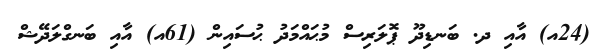
(24އ) އާއި ދ. ބަނޑިދޫ ޕޮލަރިސް މުޙައްމަދު ޙުސައިން (61އ) އާއި ބަނގްލަދޭޝް